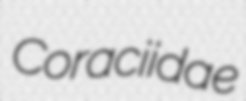
Coraciidae